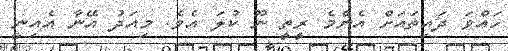
ހައްވަ ދައިތައަށް އެންމެ ރީތީ ނޫ ކުލަ އެވެ. މިއަދު އޭނާ އެއިނީ